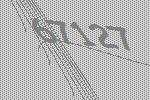
67127